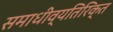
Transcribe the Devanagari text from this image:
समाधीव्यतिरिक्त